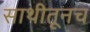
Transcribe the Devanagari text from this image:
साथीतूनच